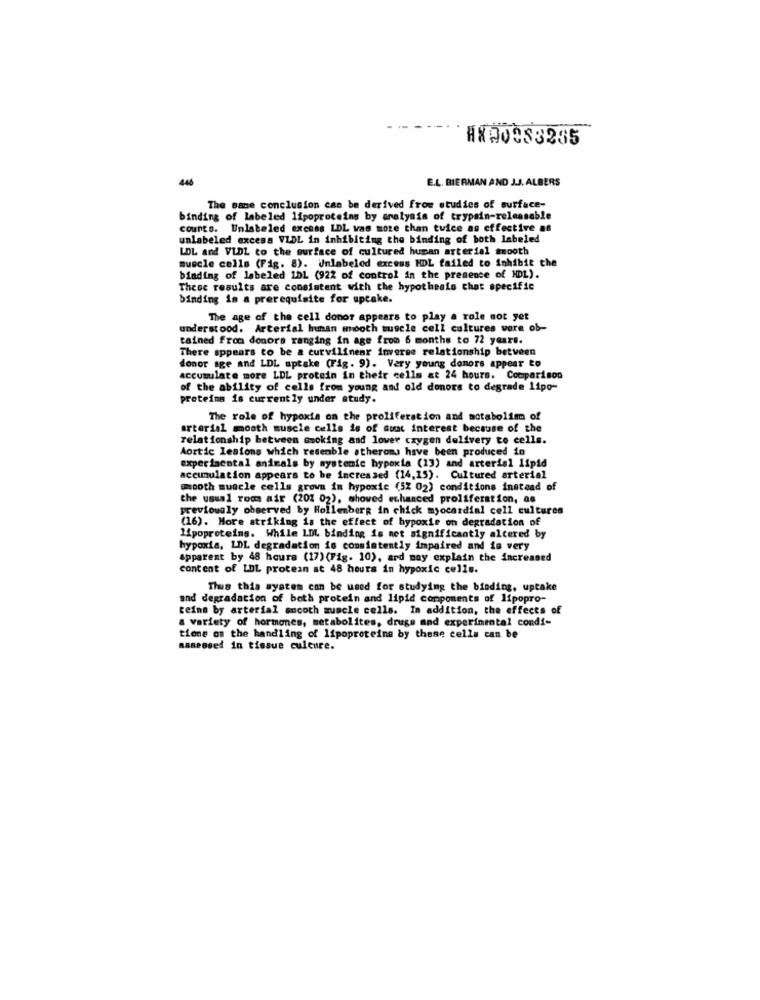
#820953285
446
E.L. BIERMAN AND J.J. ALBERS
The same conclusion can be derived from studies of surface-
binding of labeled lipoproteins by analysis of trypsin-releaseble
counts. Unlabeled excess LDL was more than twice as effective as
unlabeled excess VLDL in inhibiting the binding of both labeled
LOL and VLDL to the surface of cultured human arterial smooth
muscle cells (Fig. 8). Unlabeled excess HDL failed to Inhibit the
binding of labeled 1DL (922 of control in the presence of HDL).
These results are consistent with the hypothesis chat specific
binding in a prerequisite for upcake.
The age of the cell donor appears to play a role not yet
understood. Arterial hunan mooth muscle cell cultures were ob-
tained from donors ranging in age from 6 months to 72 years.
There appears to be a curvilinenr inverse relationship between
donor age and LDL uptake (Fig. 9). Very young donors appear to
accumulate more LDL protein in their cells at 24 hours. Comparison
of the ability of cells from young and old donors to degrade lipo-
proteins is currently under study.
The role of hypoxia on the proliferation and metabolism of
arterial mooth muscle cells is of aust interest because of the
relationship between smoking and lower czygen delivery to cells.
Aortic lesions which resenble atherons have been produced in
experimental animals by systemic hypoxia (13) and arterial lipid
accumulation appears to be increased (14,15). Cultured arterial
smooth muscle cells grown in hypoxic (52 02) conditions instead of
the usual room air (201 02), showed enhanced proliferation, as
previously observed by Hollenberg in chick myocardial cell cultures
(16). More striking is the effect of hypoxie on degradation of
lipoproteins. While LDL binding is not significantly altered by
hypoxia, LDL degradation is consistently impaired and is very
apparent by 48 hours (17) (Fig. 10), ard may explain the increased
content of LDL protean at 48 hours in hypoxic cells.
Thus this system can be used for studying the binding, uptake
and degradation of both protein and lipid components of lipopro-
teinn by arterial ancoth muscle cells. In addition, the effects of
a variety of hormones, metabolites, drugs and experimental condi-
tiene on the handling of lipoproteins by these celle can be
assessed in tissue culture.